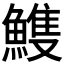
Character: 𩹹